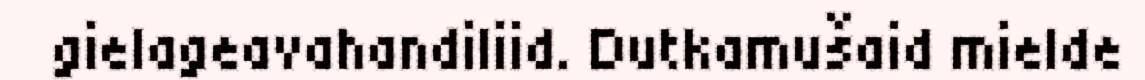
gielageavahandiliid. Dutkamušaid mielde